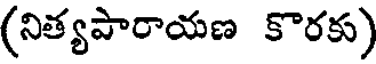
(నిత్యపారాయణ కొరకు)